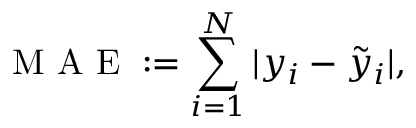
\mathrm { ~ M ~ A ~ E ~ } : = \sum _ { i = 1 } ^ { N } | y _ { i } - \tilde { y } _ { i } | ,